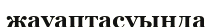
жауаптасуында